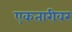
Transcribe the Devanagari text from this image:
एकतारीवर